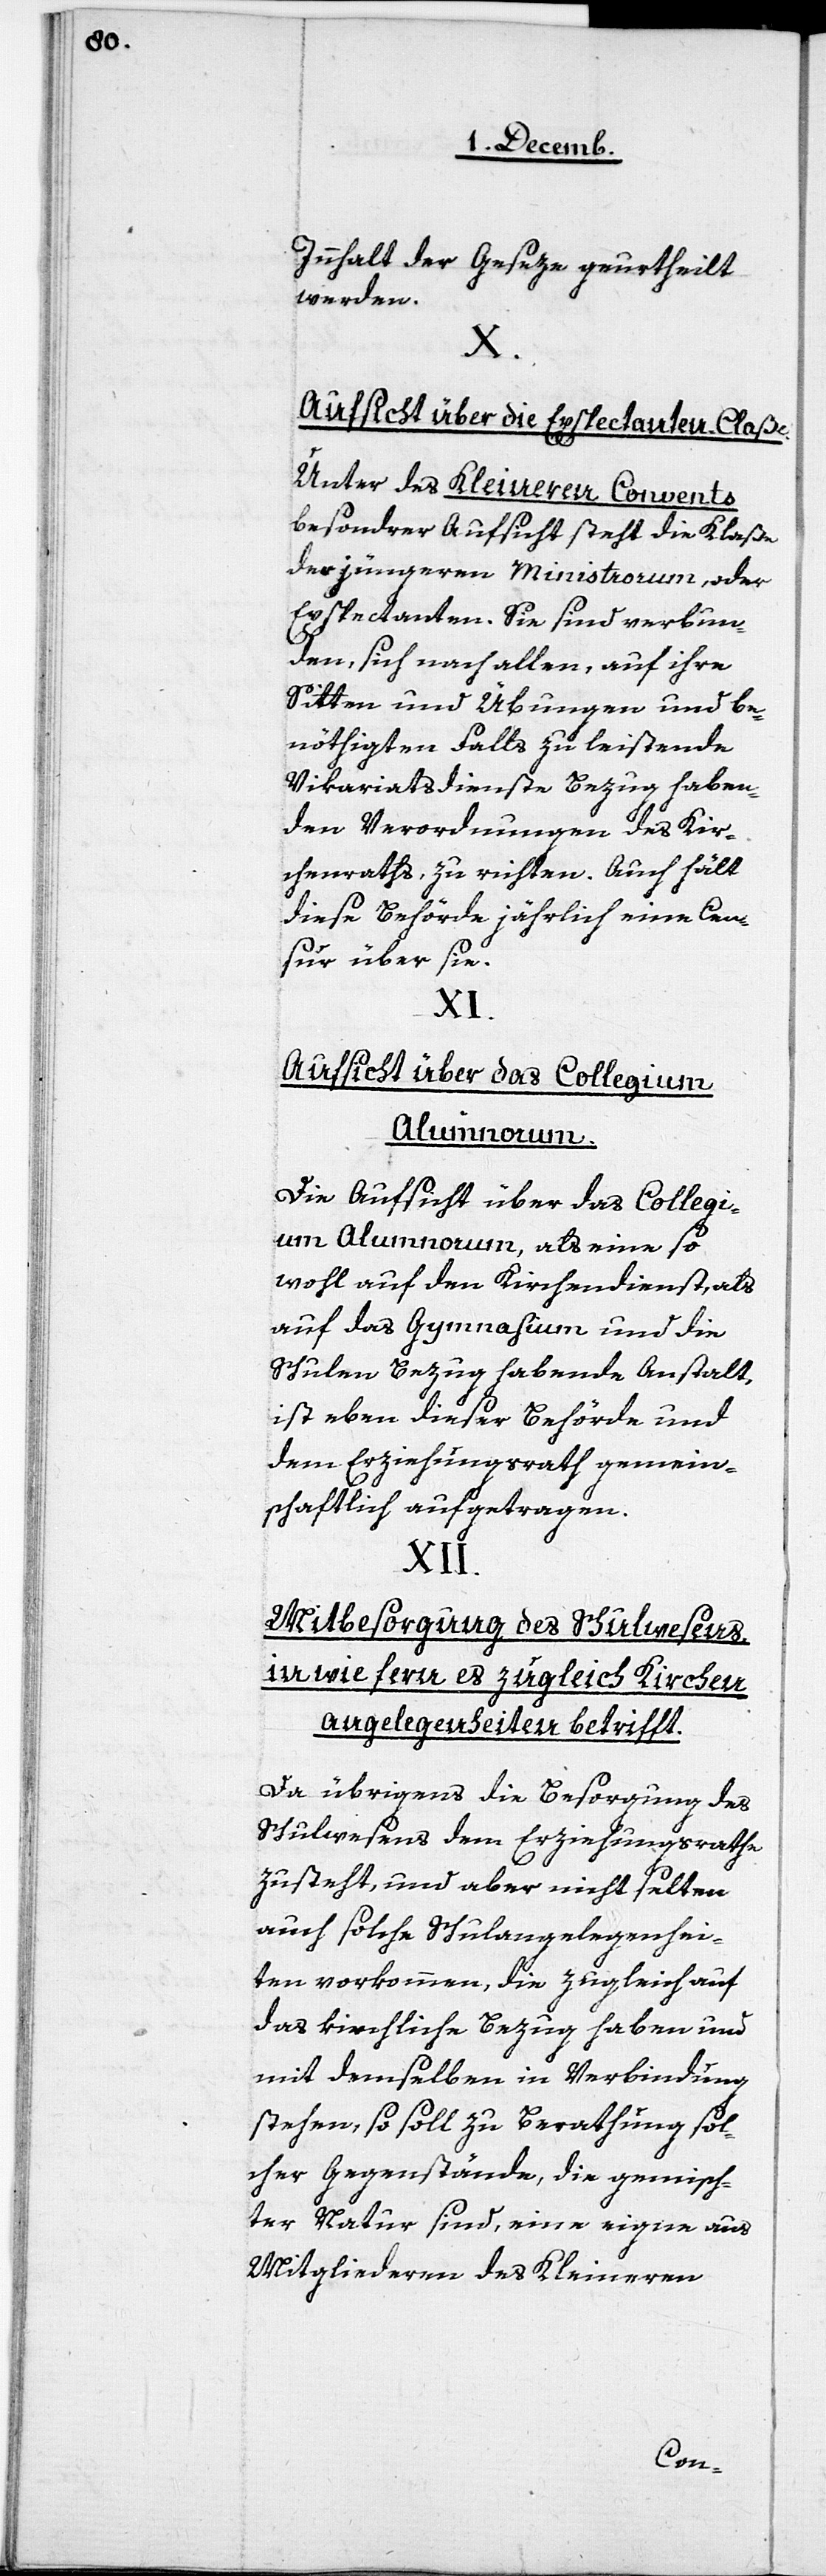
Innhalt der Geseze geurtheilt
werden.
X.
Aufsicht über die Expectanten-Claße.
Unter des Kleineren Convents
besonderer Aufsicht steht die Klaße
der jüngeren Ministrorum, oder
Exspectanten. Sie sind verbun¬
den, sich nach allen, auf ihre
Sitten und Übungen und be¬
nöthigten Falls zu leistende
Vikariatsdienste Bezug haben¬
den Verordnungen des Kir¬
chenraths zu richten. Auch hält
diese Behörde jährlich eine Cen¬
sur über sie.
XI.
Aufsicht über das Collegium
Alumnorum.
Die Aufsicht über das Collegi¬
um Alumnorum, als eine so¬
wohl auf den Kirchendienst, als
auf das Gymnasium und die
Schulen Bezug habende Anstalt,
ist eben dieser Behörde und
dem Erziehungsrath gemein¬
schaftlich aufgetragen.
Mitbesorgung des Schulwesens
in wie fern es zugleich Kirchen¬
angelegenheiten betrifft.
Da übrigens die Besorgung des
Schulwesens dem Erziehungsrathe
zusteht, und aber nicht selten
auch solche Schulangelegenhei¬
ten vorkommen, die zugleich auf
das kirchliche Bezug haben und
mit demselben in Verbindung
stehen, so soll zu Berathung sol¬
cher Gegenstände, die gemisch¬
ter Natur sind, eine eigne aus
Mitgliederen des Kleineren